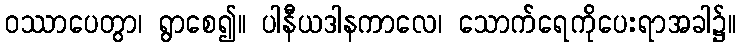
ဝဿာပေတွာ၊ ရွာစေ၍။ ပါနီယဒါနကာလေ၊ သောက်ရေကိုပေးရာအခါ၌။